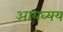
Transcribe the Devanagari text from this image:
आयव्यय